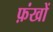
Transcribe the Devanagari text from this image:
फ़ंखों